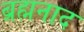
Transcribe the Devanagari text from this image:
ब्रह्मनाद